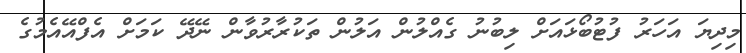
މިދިޔަ އަހަރު ފުޓުބޯޅައަށް ލިބުނު ގެއްލުން އަލުން ތަކުރާރުވާން ނޭދޭ ކަމަށް އެފްއޭއެމުގެ